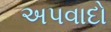
અપવાદો